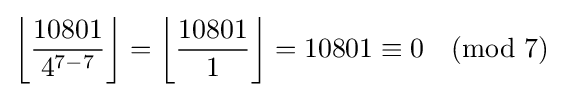
\left\lfloor {\frac {10801}{4^{7-7}}}\right\rfloor =\left\lfloor {\frac {10801}{1}}\right\rfloor =10801\equiv 0{\pmod {7}}